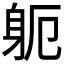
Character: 𮜯